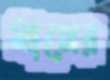
মানের